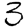
Digit: 3